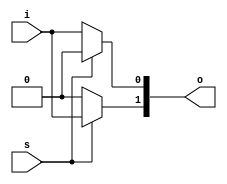
`timescale 1ns / 1ps
//////////////////////////////////////////////////////////////////////////////////
// Company: 
// Engineer: 
// 
// Design Name: 
// Module Name: demux_2_1
// Project Name: 
// Target Devices: 
// Tool Versions: 
// Description: 
// 
// Dependencies: 
// 
// Revision:
// Revision 0.01 - File Created
// Additional Comments:
// 
//////////////////////////////////////////////////////////////////////////////////


module demux_2_1(o,i,s);
    output reg [1:0] o;
    input i,s;
   /* assign o[0]=!s&i;
    assign o[1]=s&i; */
   /*  always @ (*)
    case (s)
        1'b0: begin o[0]=i;o[1]=1'b0; end
        1'b1: begin o[1]=i;o[0]=1'b0; end
    default:o[1:0] = 2'bxx;
    endcase */
    always @(*)
        begin 
        if(s==1'b0) begin
            o[0]=i;
            o[1]=1'b0;
            end
        else
        begin      
        o[1]=i;
        o[0]=1'b0;
        end
        end
 endmodule